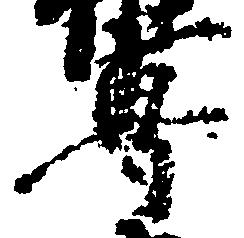
専